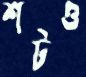
শটও